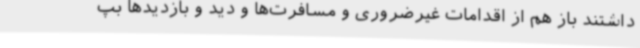
داشتند باز هم از اقدامات غیرضروری و مسافرت‌ها و دید و بازدیدها بپ